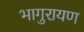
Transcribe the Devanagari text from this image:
भागुरायण